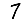
Digit: 7